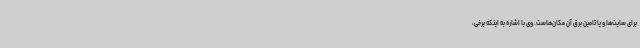
برای سایت‌ها و یا تامین برق آن مکان‌هاست. وی با اشاره به اینکه برخی،